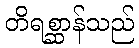
တိရစ္ဆာန်သည်